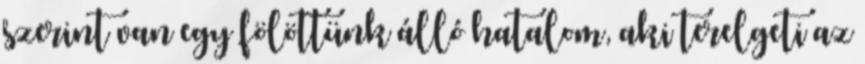
szerint van egy fölöttünk álló hatalom, aki terelgeti az